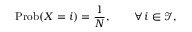
\operatorname { P r o b } ( X = i ) = \frac { 1 } { N } , \qquad \forall \, i \in \mathcal { I } ,